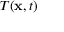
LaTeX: T ( \mathbf { x } , t )